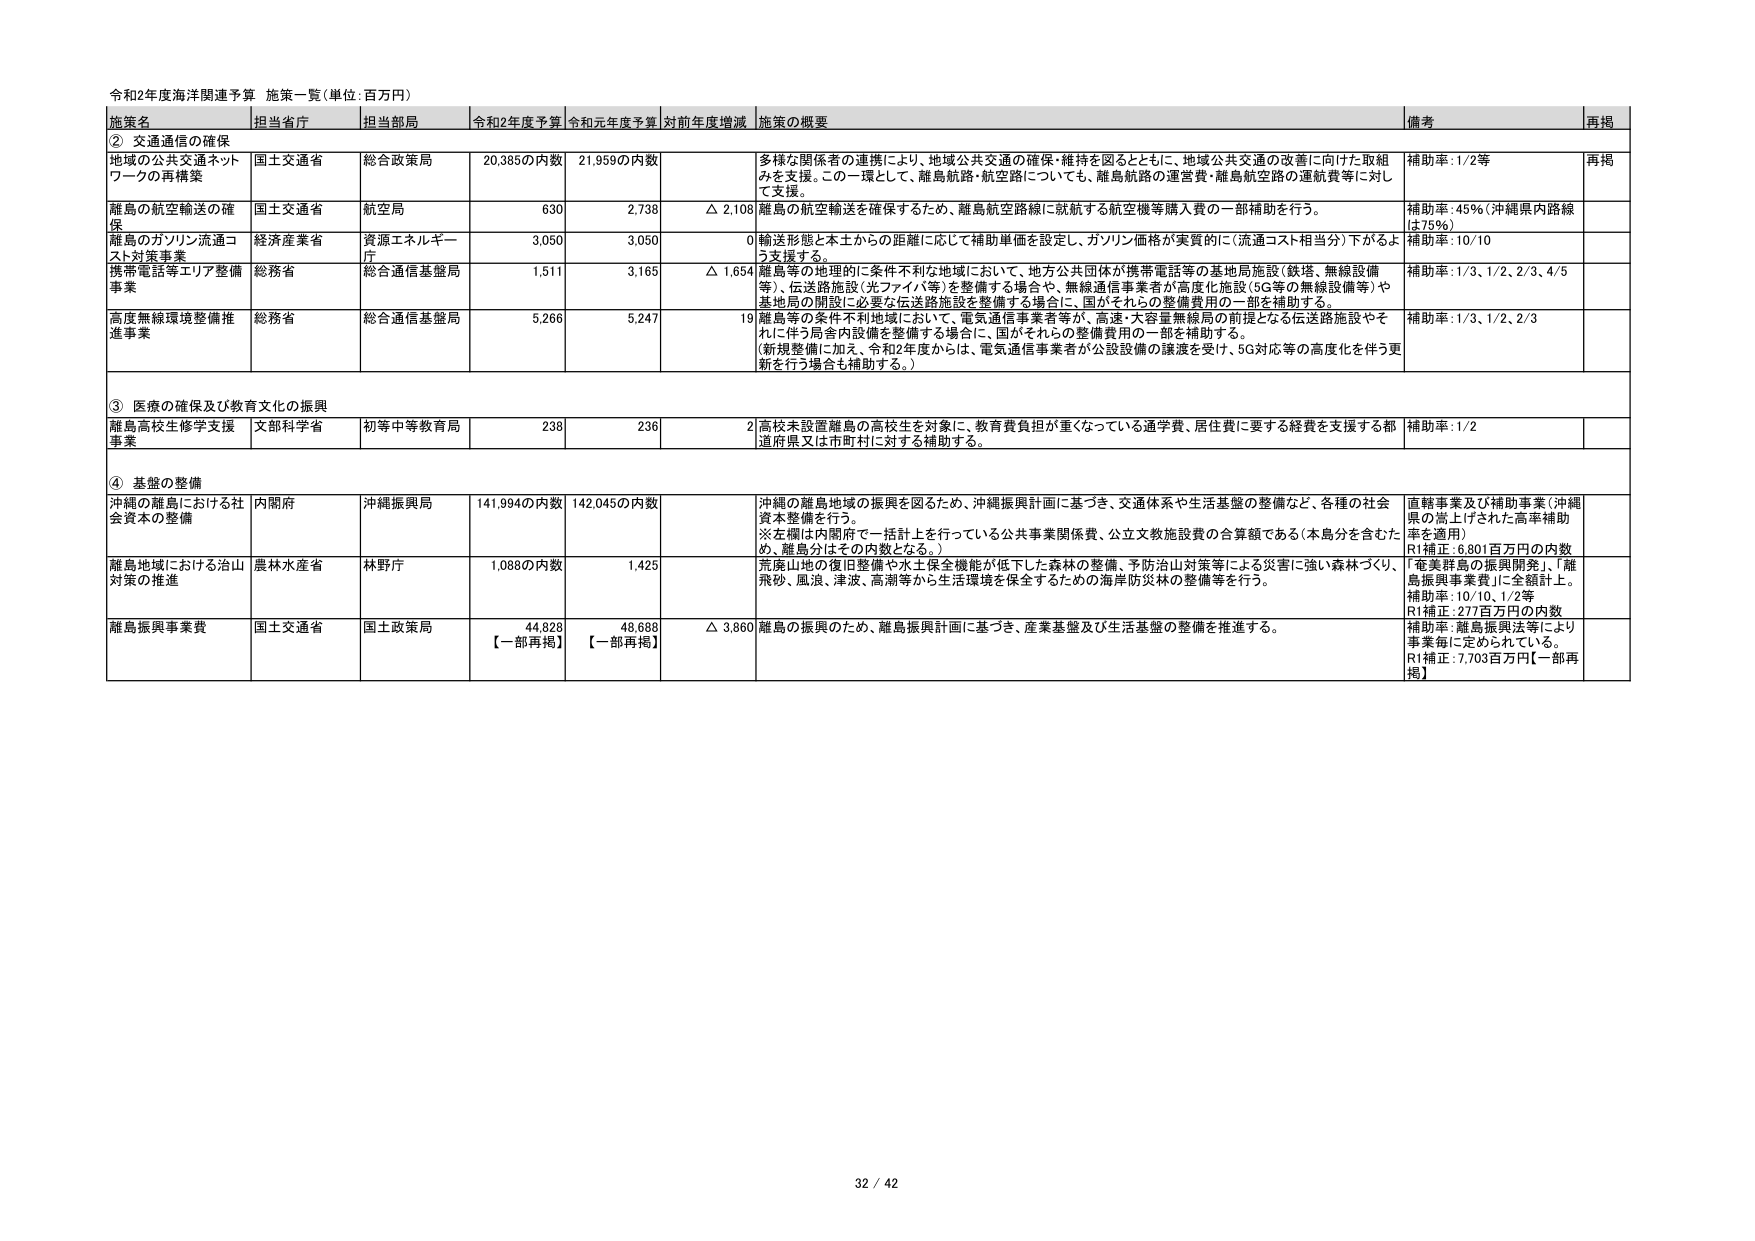
令和2年度海洋関連予算 施策一覧（単位：百万円）

施策名 | 担当省庁 | 担当部局 | 令和2年度予算 | 令和元年度予算 | 対前年度増減 | 施策の概要 | 備考 | 再掲
--- | --- | --- | --- | --- | --- | --- | --- | ---
② 交通通信の確保 | | | | | | | |
地域の公共交通ネットワークの再構築 | 国土交通省 | 総合政策局 | 20,385の内数 | 21,959の内数 | | 多様な関係者の連携により、地域公共交通の確保・維持を図るとともに、地域公共交通の改善に向けた取組みを支援。この一環として、離島航路・航空路についても、離島航路の運営費・離島航空路の運航費等に対して支援。 | 補助率：1/2等 | 再掲
離島の航空輸送の確保 | 国土交通省 | 航空局 | 630 | 2,738 | △ 2,108 | 離島の航空輸送を確保するため、離島航空路線に就航する航空機等購入費の一部補助を行う。 | 補助率：45％（沖縄県内路線は75％） |
離島のガソリン流通コスト対策事業 | 経済産業省 | 資源エネルギー庁 | 3,050 | 3,050 | 0 | 輸送形態と本土からの距離に応じて補助単価を設定し、ガソリン価格が実質的に（流通コスト相当分）下がるよう支援する。 | 補助率：10/10 |
携帯電話等エリア整備事業 | 総務省 | 総合通信基盤局 | 1,511 | 3,165 | △ 1,654 | 離島等の地理的に条件不利な地域において、地方公共団体が携帯電話等の基地局施設（鉄塔、無線設備等）、伝送路施設（光ファイバ等）を整備する場合や、無線通信事業者が高度化施設（5G等の無線設備等）や基地局の開設に必要な伝送路施設を整備する場合に、国がそれらの整備費用の一部を補助する。 | 補助率：1/3、1/2、2/3、4/5 |
高度無線環境整備推進事業 | 総務省 | 総合通信基盤局 | 5,266 | 5,247 | 19 | 離島等の条件不利地域において、電気通信事業者等が、高速・大容量無線局の前提となる伝送路施設やそれに伴う局内設備を整備する場合に、国がそれらの整備費用の一部を補助する。（新規整備に加え、令和2年度からは、電気通信事業者が公設設備の譲渡を受け、5G対応等の高度化を伴う更新を行う場合も補助する。） | 補助率：1/3、1/2、2/3 |
③ 医療の確保及び教育文化の振興 | | | | | | | |
離島高校生修学支援事業 | 文部科学省 | 初等中等教育局 | 238 | 236 | 2 | 高校未設置離島の高校生を対象に、教育費負担が重くなっている通学費、居住費に要する経費を支援する都道府県又は市町村に対する補助する。 | 補助率：1/2 |
④ 基盤の整備 | | | | | | | |
沖縄の離島における社会資本の整備 | 内閣府 | 沖縄振興局 | 141,994の内数 | 142,045の内数 | | 沖縄の離島地域の振興を図るため、沖縄振興計画に基づき、交通体系や生活基盤の整備など、各種の社会資本整備を行う。※左欄は内閣府で一括計上を行っている公共事業関係費、公立文教施設費の合算額である（本島分を含めたため、離島分はその内数となる。） | 直轄事業及び補助事業（沖縄県の嵩上げされた高率補助率を適用）R1補正：6,801百万円の内数 |
離島地域における治山対策の推進 | 農林水産省 | 林野庁 | 1,088の内数 | 1,425 | | 荒廃山地の復旧整備や水土保全機能が低下した森林の整備、予防治山対策等による災害に強い森林づくり、飛砂、風浪、津波、高潮等から生活環境を保全するための海岸防災林の整備等を行う。 | 「奄美群島の振興開発」、「離島振興事業費」に全額計上。補助率：10/10、1/2等R1補正：277百万円の内数 |
離島振興事業費 | 国土交通省 | 国土政策局 | 44,828【一部再掲】 | 48,688【一部再掲】 | △ 3,860 | 離島の振興のため、離島振興計画に基づき、産業基盤及び生活基盤の整備を推進する。 | 補助率：離島振興法等により事業毎に定められている。R1補正：7,703百万円【一部再掲】 |

32 / 42